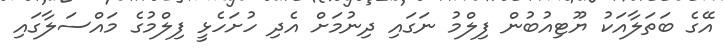
އޭގެ ބަތަލާއަކު ޔޫޓިއުބުން ފިލްމު ނަގައި ދިނުމަށް އެދި ހުށަހެޅީ ފިލްމުގެ މައްސަލާގައި